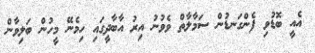
އެއީ ބޮޑުވި ފެންގަނޑުން ސަމާލާތް ވެވުނު އިރު އާބާދީގައި ހިމެނޭ މީހުން ބަލިވާން